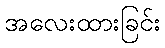
အလေးထားခြင်း